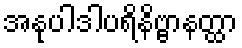
အနုပါဒါပရိနိဗ္ဗာနတ္ထာ